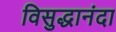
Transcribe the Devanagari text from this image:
विसुद्धानंदा